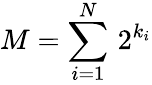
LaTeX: M=\sum_{i=1}^{N}\, 2^{k_{i}}